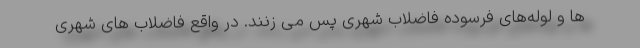
ها و لوله‌های فرسوده فاضلاب شهری پس می زنند. در واقع فاضلاب های شهری